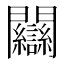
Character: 𨷻